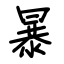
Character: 暴